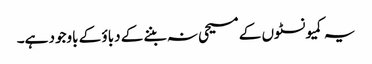
یہ کمیونسٹوں کے مسیحی نہ بننے کے دباؤ کے باوجود ہے۔